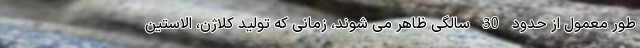
طور معمول از حدود 30 سالگی ظاهر می شوند، زمانی که تولید کلاژن، الاستین